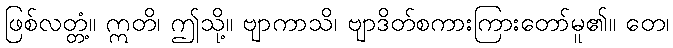
ဖြစ်လတ္တံ့။ ဣတိ၊ ဤသို့။ ဗျာကာသိ၊ ဗျာဒိတ်စကားကြားတော်မူ၏။ တေ၊